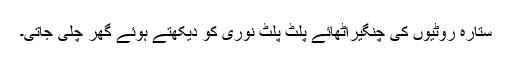
ستارہ روٹیوں کی چنگیراُٹھائے پلٹ پلٹ نوری کو دیکھتے ہوئے گھر چلی جاتی۔